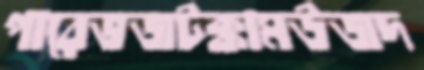
পারেভজটক্কামউজদ